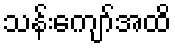
သန်းကျော်အထိ